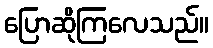
ပြောဆိုကြလေသည်။